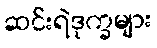
ဆင်းရဲဒုက္ခများ